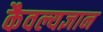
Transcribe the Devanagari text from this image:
कैवल्यज्ञान